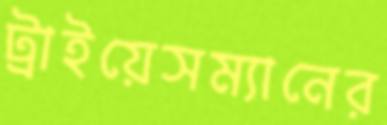
ট্রাইয়েসম্যানের